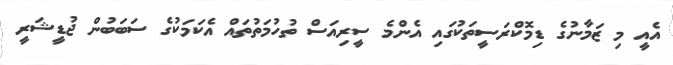
އެއީ މި ޒަމާނުގެ ޑިމޮކްރަސީތަކުގައި އެންމެ ސީރިއަސް ތުހުމަތުތައް އެކަމަކުގެ ސަބަބުން ޖުޑީޝަރީ